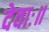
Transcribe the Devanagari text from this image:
देवाः॥